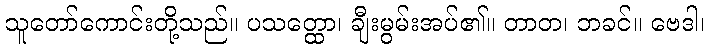
သူတော်ကောင်းတို့သည်။ ပသတ္ထော၊ ချီးမွမ်းအပ်၏။ တာတ၊ ဘခင်။ ဗေဒါ၊